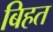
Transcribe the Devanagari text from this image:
बिहत